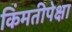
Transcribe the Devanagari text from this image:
किंमतीपेक्षा